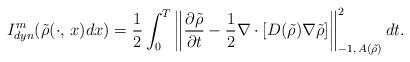
LaTeX: \begin{align*}I_{dyn}^{m}(\tilde{\rho}(\cdot,\,x)dx)=\frac{1}{2}\int_{0}^{T}\left\Vert \frac{\partial\tilde{\rho}}{\partial t}-\frac{1}{2}\nabla\cdot\left[D(\tilde{\rho})\nabla\tilde{\rho}\right]\right\Vert _{-1,\,A(\tilde{\rho})}^{2}dt.\end{align*}